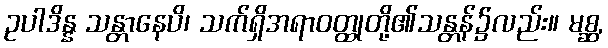
ဥပါဒိန္န သန္တာနေပိ၊ သက်ရှိအရာဝတ္ထုတို့၏သန္တန်၌လည်း။ မစ္ဆ,